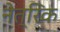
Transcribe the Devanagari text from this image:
नेत्रिक